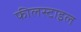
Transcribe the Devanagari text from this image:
फीलस्टाइल